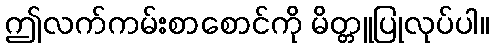
ဤလက်ကမ်းစာစောင်ကို မိတ္တူပြုလုပ်ပါ။